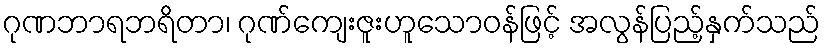
ဂုဏဘာရဘရိတာ၊ ဂုဏ်ကျေးဇူးဟူသောဝန်ဖြင့် အလွန်ပြည့်နှက်သည်